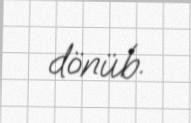
dönüb.